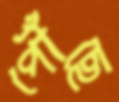
পৌঁছে